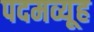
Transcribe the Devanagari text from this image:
पदमव्यूह